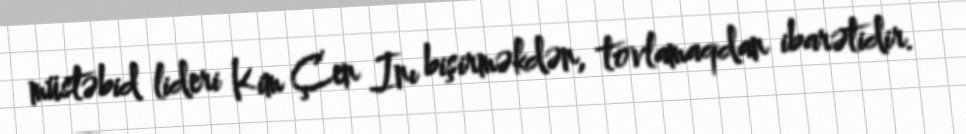
müstəbid lideri Kim Çen Inı bişirməkdən, tovlamaqdan ibarətidir.